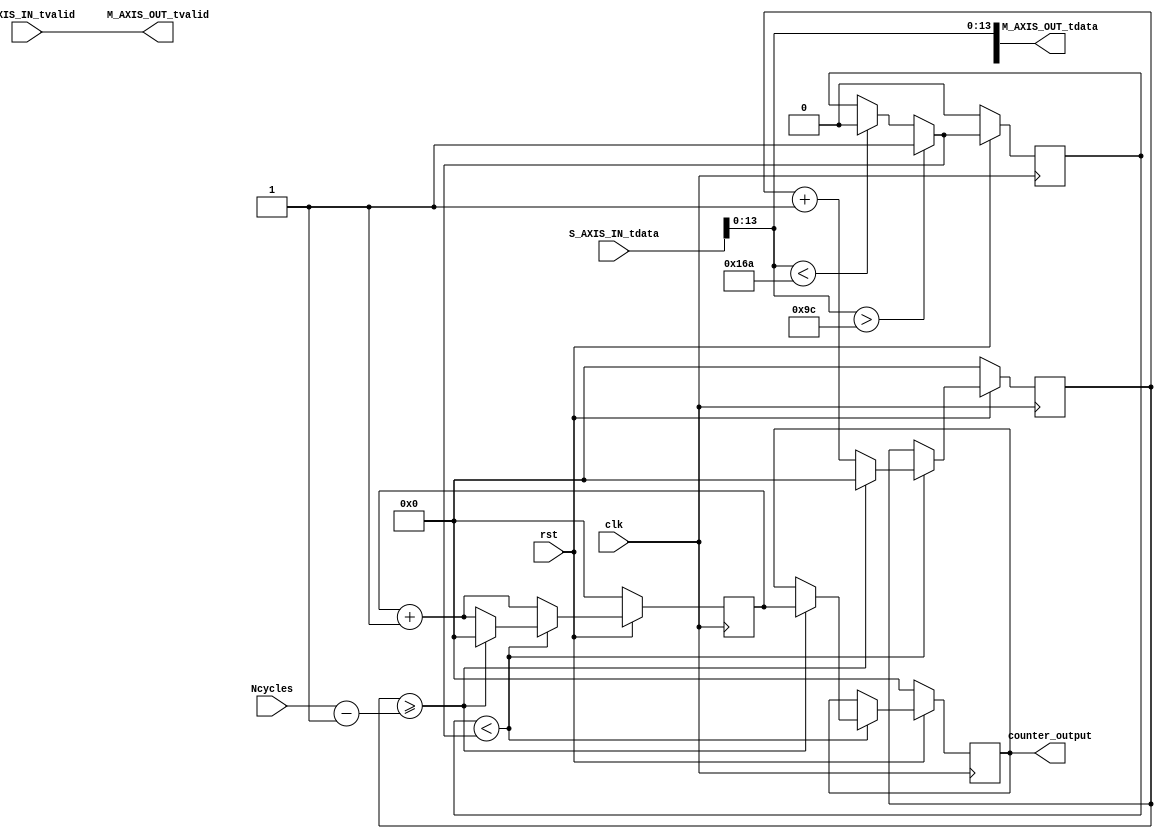
module frequency_counter #
(
    parameter ADC_WIDTH = 14,
    parameter AXIS_TDATA_WIDTH = 32,
    parameter COUNT_WIDTH = 32,
    parameter HIGH_THRESHOLD = -100,
    parameter LOW_THRESHOLD = -150
)
(
    (* X_INTERFACE_PARAMETER = "FREQ_HZ 125000000" *)
    input [AXIS_TDATA_WIDTH-1:0]   S_AXIS_IN_tdata,
    input                          S_AXIS_IN_tvalid,
    input                          clk,
    input                          rst,
    input [COUNT_WIDTH-1:0]        Ncycles,
    output [AXIS_TDATA_WIDTH-1:0]  M_AXIS_OUT_tdata,
    output                         M_AXIS_OUT_tvalid,
	output [COUNT_WIDTH-1:0]       counter_output
);
    
    wire signed [ADC_WIDTH-1:0]    data;
    reg                            state, state_next;
    reg [COUNT_WIDTH-1:0]          counter=0, counter_next=0;
    reg [COUNT_WIDTH-1:0]          counter_output=0, counter_output_next=0;
    reg [COUNT_WIDTH-1:0]          cycle=0, cycle_next=0;
    
    
    // Wire AXIS IN to AXIS OUT
    assign  M_AXIS_OUT_tdata[ADC_WIDTH-1:0] = S_AXIS_IN_tdata[ADC_WIDTH-1:0];
    assign  M_AXIS_OUT_tvalid = S_AXIS_IN_tvalid;
    
    // Extract only the 14-bits of ADC data 
    assign  data = S_AXIS_IN_tdata[ADC_WIDTH-1:0];
 
    
    
    // Handling of the state buffer for finding signal transition at the threshold
    always @(posedge clk) 
    begin
        if (~rst) 
            state <= 1'b0;
        else
            state <= state_next;
    end
    
    
    always @*            // logic for state buffer
    begin
        if (data > HIGH_THRESHOLD)
            state_next = 1;
        else if (data < LOW_THRESHOLD)
            state_next = 0;
        else
            state_next = state;
    end
    



    // Handling of counter, counter_output and cycle buffer
    always @(posedge clk) 
    begin
        if (~rst) 
        begin
            counter <= 0;
            counter_output <= 0;
            cycle <= 0;
        end
        else
        begin
            counter <= counter_next;
            counter_output <= counter_output_next;
            cycle <= cycle_next;
        end
    end


    always @* // logic for counter, counter_output, and cycle buffer
    begin
        counter_next = counter + 1; // increment on each clock cycle
        counter_output_next = counter_output;
        cycle_next = cycle;
        
        if (state < state_next) // high to low signal transition
        begin
            cycle_next = cycle + 1; // increment on each signal transition
            if (cycle >= Ncycles-1) 
            begin
                counter_next = 0;
                counter_output_next = counter;
                cycle_next = 0;
            end
        end
   end

    
endmodule